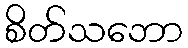
စိတ်သဘော